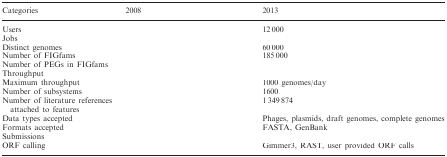
<table><thead><tr><td><b>Categories</b></td><td><b>2008</b></td><td><b>2013</b></td></tr></thead><tbody><tr><td>Users</td><td>[EMPTY_CELL]</td><td>12 000</td></tr><tr><td>Jobs</td><td>[EMPTY_CELL]</td><td>[EMPTY_CELL]</td></tr><tr><td>Distinct genomes</td><td>[EMPTY_CELL]</td><td>60 000</td></tr><tr><td>Number of FIGfams</td><td>[EMPTY_CELL]</td><td>185 000</td></tr><tr><td>Number of PEGs in FIGfams</td><td>[EMPTY_CELL]</td><td>[EMPTY_CELL]</td></tr><tr><td>Throughput</td><td>[EMPTY_CELL]</td><td>[EMPTY_CELL]</td></tr><tr><td>Maximum throughput</td><td>[EMPTY_CELL]</td><td>1000 genomes/day</td></tr><tr><td>Number of subsystems</td><td>[EMPTY_CELL]</td><td>1600</td></tr><tr><td>Number of literature references attached to features</td><td>[EMPTY_CELL]</td><td>1 349 874</td></tr><tr><td>Data types accepted</td><td>[EMPTY_CELL]</td><td>Phages, plasmids, draft genomes, complete genomes</td></tr><tr><td>Formats accepted</td><td>[EMPTY_CELL]</td><td>FASTA, GenBank</td></tr><tr><td>Submissions</td><td>[EMPTY_CELL]</td><td>[EMPTY_CELL]</td></tr><tr><td>ORF calling</td><td>[EMPTY_CELL]</td><td>Gimmer3, RAST, user provided ORF calls</td></tr></tbody></table>